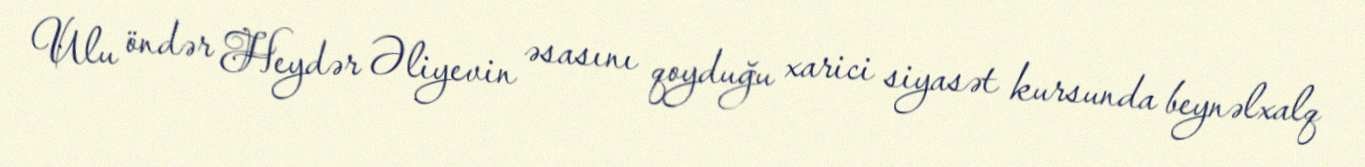
Ulu öndər Heydər Əliyevin əsasını qoyduğu xarici siyasət kursunda beynəlxalq